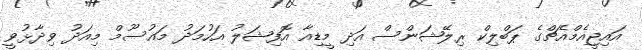
އައިޖީއެމްއެޗްގެ ޕަބްލިކް ރިލޭޝަންސް އަދި މީޑިއާ އޮފިޝަލު އަހުމަދު މައުސޫމް މިއަދު ވިދާޅުވީ